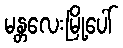
မန္တလေးမြို့ပေါ်